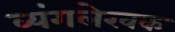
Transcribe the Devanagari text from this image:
व्यंगलेखक